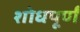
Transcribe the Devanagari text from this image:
शोधपूर्णं